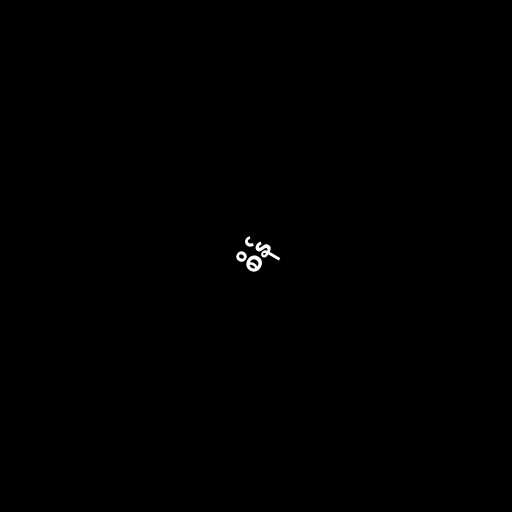
စိန်